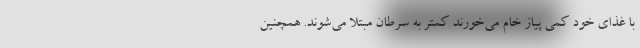
با غذای خود کمی پیاز خام می‌خورند کمتر به سرطان مبتلا می‌شوند. همچنین